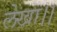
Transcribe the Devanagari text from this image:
लेखा।।